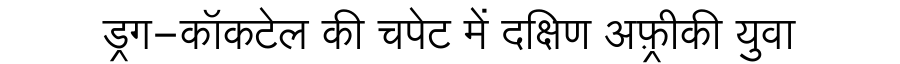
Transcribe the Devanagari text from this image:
ड्रग-कॉकटेल की चपेट में दक्षिण अफ़्रीकी युवा